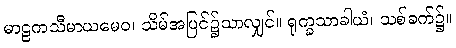
မာဠကသီမာယမေဝ၊ သိမ်အပြင်၌သာလျှင်။ ရုက္ခသာခါယံ၊ သစ်ခက်၌။